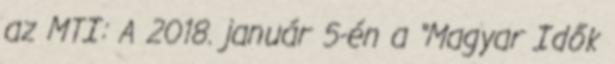
az MTI: A 2018. január 5-én a “Magyar Idők